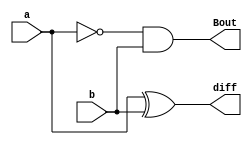
module HalfSubtractor_dataflow(diff, Bout, a, b);
  output diff,Bout;
  input a, b;
  assign diff = a ^ b;
  assign Bout = (~a)&b;
endmodule